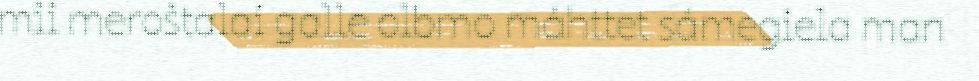
mii meroštalai galle olbmo máhttet sámegiela man